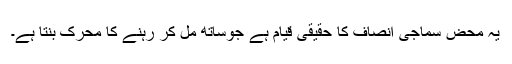
یہ محض سماجی انصاف کا حقیقی قیام ہے جوساتھ مل کر رہنے کا محرک بنتا ہے۔